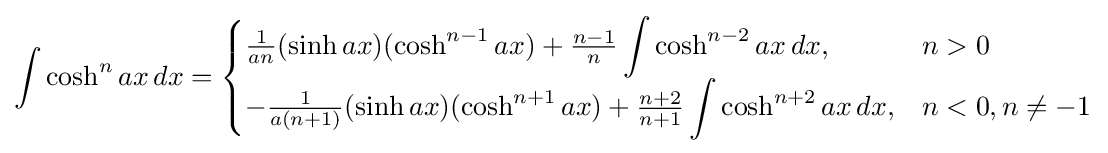
\int \cosh ^{n}ax\,dx={\begin{cases}{\frac {1}{an}}(\sinh ax)(\cosh ^{n-1}ax)+{\frac {n-1}{n}}\displaystyle \int \cosh ^{n-2}ax\,dx,&n>0\\-{\frac {1}{a(n+1)}}(\sinh ax)(\cosh ^{n+1}ax)+{\frac {n+2}{n+1}}\displaystyle \int \cosh ^{n+2}ax\,dx,&n<0,n\neq -1\end{cases}}